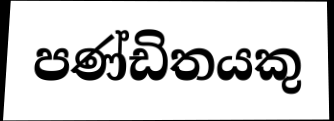
පණ්ඩිතයකු